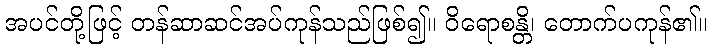
အပင်တို့ဖြင့် တန်ဆာဆင်အပ်ကုန်သည်ဖြစ်၍။ ဝိရောစန္တိ၊ တောက်ပကုန်၏။